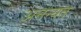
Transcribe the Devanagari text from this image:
अनन्यत